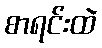
စာရင်းထဲ